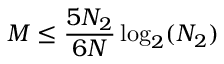
M \leq { \frac { 5 N _ { 2 } } { 6 N } } \log _ { 2 } ( N _ { 2 } )